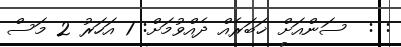
: :  ސަންއަށް ޚަބަރެއް ދެއްވުމަށް: 1 އަހަރު 2 މަސް